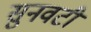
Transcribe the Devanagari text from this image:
सुनवटी